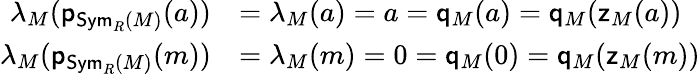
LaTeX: \begin{array}{rl}{\lambda_{M}(\mathsf{p}_{\mathsf{Sym}_{R}(M)}(a))}&{=\lambda_{M}(a)=a=\mathsf{q}_{M}(a)=\mathsf{q}_{M}(\mathsf{z}_{M}(a))}\\ {\lambda_{M}(\mathsf{p}_{\mathsf{Sym}_{R}(M)}(m))}&{=\lambda_{M}(m)=0=\mathsf{q}_{M}(0)=\mathsf{q}_{M}(\mathsf{z}_{M}(m))}\end{array}